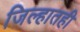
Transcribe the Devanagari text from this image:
जिल्हातही